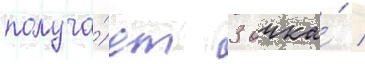
получа́ет 3 очка́ /